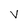
Character: v